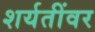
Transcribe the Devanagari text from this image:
शर्यतींवर